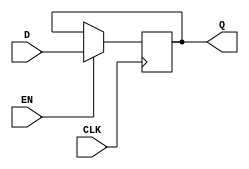
module E_DFF(CLK, D, EN, Q);
   parameter WIDTH = 1;
   input CLK;
   input EN;
   input [WIDTH-1:0] D;
   output [WIDTH-1:0] Q;
   reg [WIDTH-1:0] 	  Q;

   always @(posedge CLK) begin
      if(EN)
         Q <= D;
   end
   
endmodule